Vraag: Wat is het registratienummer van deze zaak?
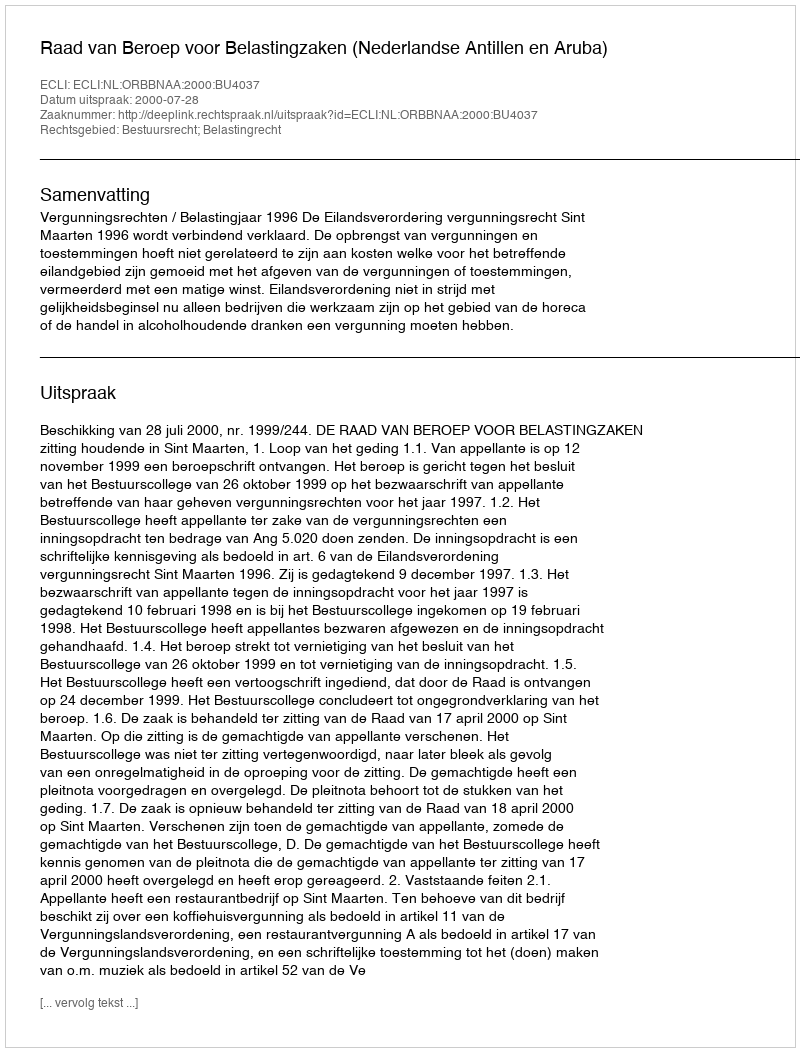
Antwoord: http://deeplink.rechtspraak.nl/uitspraak?id=ECLI:NL:ORBBNAA:2000:BU4037